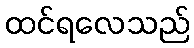
ထင်ရလေသည်